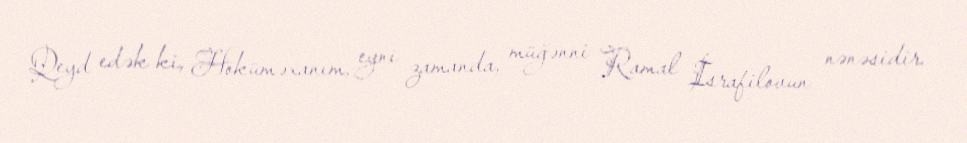
Qeyd edək ki, Höküməxanım, eyni zamanda, müğənni Ramal İsrafilovun nənəsidir.